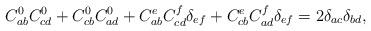
LaTeX: \begin{align*}C_{ab}^0C_{cd}^0+C_{cb}^0C_{ad}^0+C_{ab}^eC_{cd}^f\delta_{ef}+C_{cb}^eC_{ad}^f\delta _{ef}=2\delta _{ac}\delta _{bd}, \end{align*}